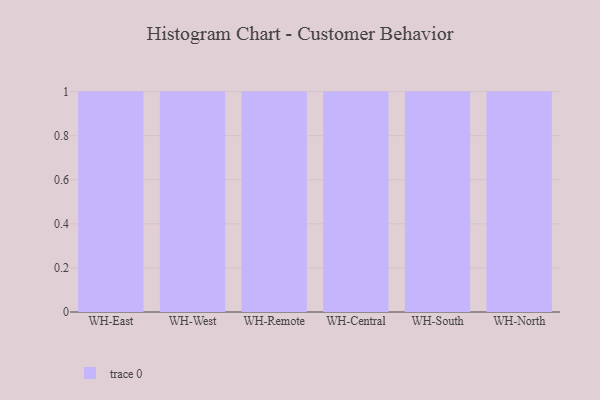
{"axis": {"x": "Warehouse", "y": "Tickets Resolved"}, "legend": [""], "data": [{"x": "WH-East", "y": 25, "type": ""}, {"x": "WH-West", "y": 3, "type": ""}, {"x": "WH-Remote", "y": 61, "type": ""}, {"x": "WH-Central", "y": 95, "type": ""}, {"x": "WH-South", "y": 89, "type": ""}, {"x": "WH-North", "y": 87, "type": ""}]}